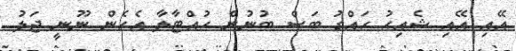
އޭއި އޭއި ޝެއިޙު ހައްގު ބަސް ބުނުން ހުއްޓާލާ އެހެން ނޫނީ ޖަލު